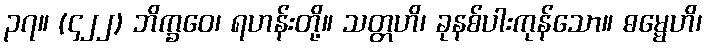
၃၇။ (၄၂၂) ဘိက္ခဝေ၊ ရဟန်းတို့။ သတ္တဟိ၊ ခုနစ်ပါးကုန်သော။ ဓမ္မေဟိ၊